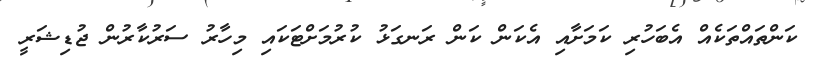
ކަންތައްތަކެއް އެބަހުރި ކަމަށާއި އެކަން ކަން ރަނގަޅު ކުރުމަށްޓަކައި މިހާރު ސަރުކާރުން ޖުޑިޝަރީ